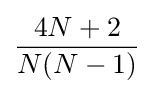
{\frac {4N+2}{N(N-1)}}